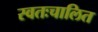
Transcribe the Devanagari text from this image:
स्वतःचालित